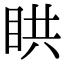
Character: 䀧